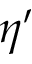
\eta ^ { \prime }